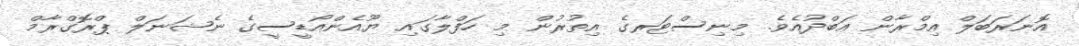
އޮނަރަބަލް އިމްރާން ޢަބްދުއެވެ. މިނިސްޓަރގެ އިތުރުން މި ހަފްލާގައި ޔޫއެންއޯޑީސީގެ ނެޝަނަލް ޕްރޮގްރާމް